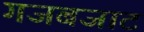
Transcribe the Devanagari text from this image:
गजबजाट